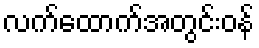
လက်ထောက်အတွင်းဝန်